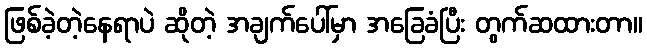
ဖြစ်ခဲ့တဲ့နေရာပဲ ဆိုတဲ့ အချက်ပေါ်မှာ အခြေခံပြီး တွက်ဆထားတာ။